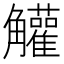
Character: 䚭